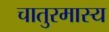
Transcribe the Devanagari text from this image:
चातुरमास्य